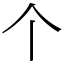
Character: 个